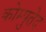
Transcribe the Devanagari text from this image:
कोम्पुतेद